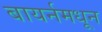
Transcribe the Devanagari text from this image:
बायर्नमधून